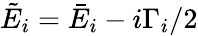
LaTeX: \tilde{E}_{i}=\bar{E}_{i}-i\Gamma_{i}/2